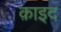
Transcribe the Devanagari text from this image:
क़ाइद